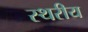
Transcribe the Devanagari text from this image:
स्थरीय